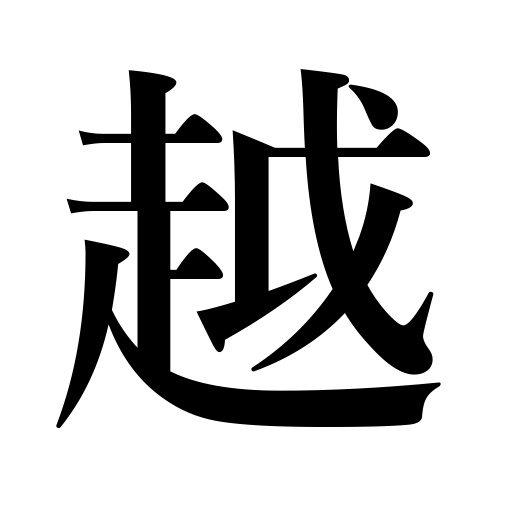
Meanings: spend,surpass,come,exceed,go beyond,cross,tide over,go,outrun,move,overstep authority,clear an obstacle,pass